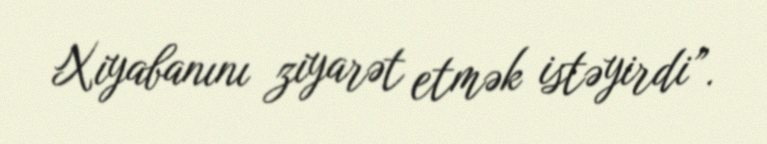
Xiyabanını ziyarət etmək istəyirdi”.